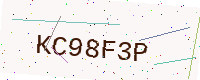
Text: KC98F3P